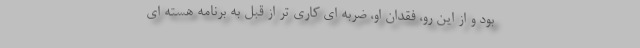
بود و از این رو، فقدان او، ضربه ای کاری تر از قبل به برنامه هسته ای